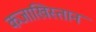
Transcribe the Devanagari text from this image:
कजाखिस्तान